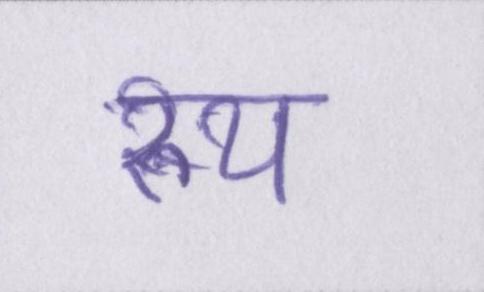
रुप